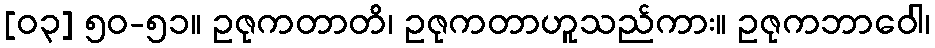
[၀၃] ၅၀-၅၁။ ဥဇုကတာတိ၊ ဥဇုကတာဟူသည်ကား။ ဥဇုကဘာဝေါ၊